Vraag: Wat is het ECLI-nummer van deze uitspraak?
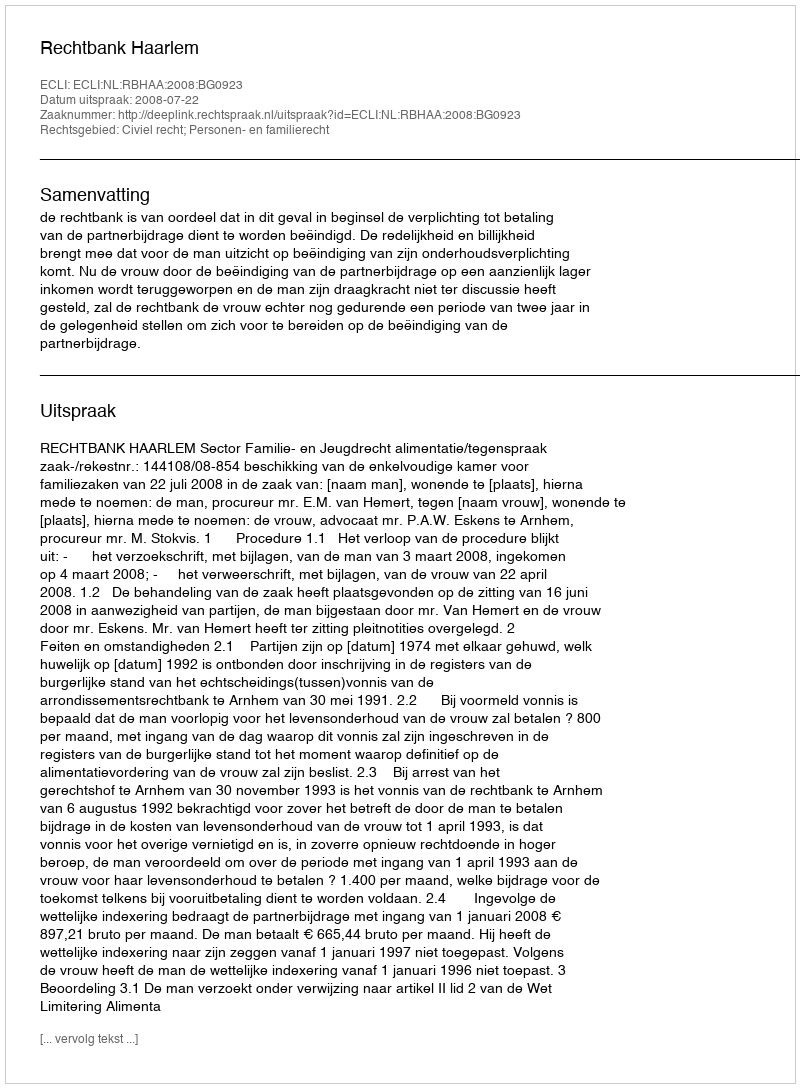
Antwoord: ECLI:NL:RBHAA:2008:BG0923